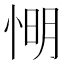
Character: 𢜠